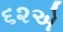
૬૨એ